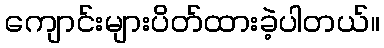
ကျောင်းများပိတ်ထားခဲ့ပါတယ်။